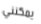
يمكنني